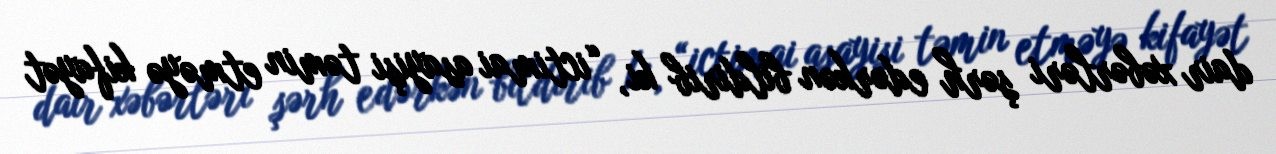
dair xəbərləri şərh edərkən bildirib ki, “ictimai asayişi təmin etməyə kifayət